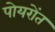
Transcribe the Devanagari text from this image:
पोयरोंत